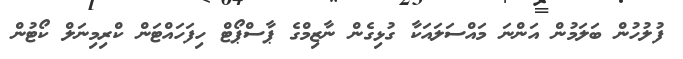
ފުލުހުން ބަލަމުން އަންނަ މައްސަލައަކާ ގުޅިގެން ނާޒިމްގެ ޕާސްޕޯޓް ހިފަހައްޓަން ކްރިމިނަލް ކޯޓުން